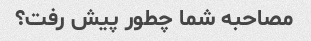
مصاحبه شما چطور پیش رفت؟